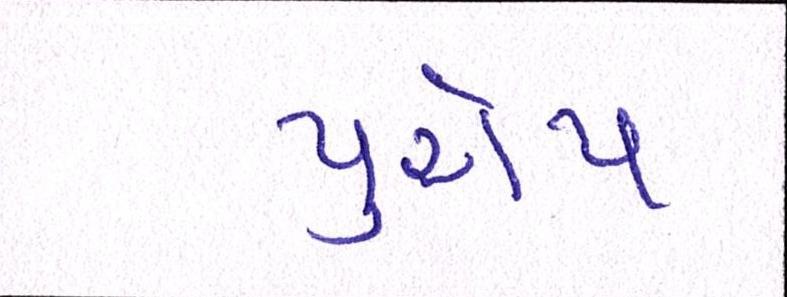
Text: યુરોપ